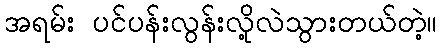
အရမ်း ပင်ပန်းလွန်းလို့လဲသွားတယ်တဲ့။